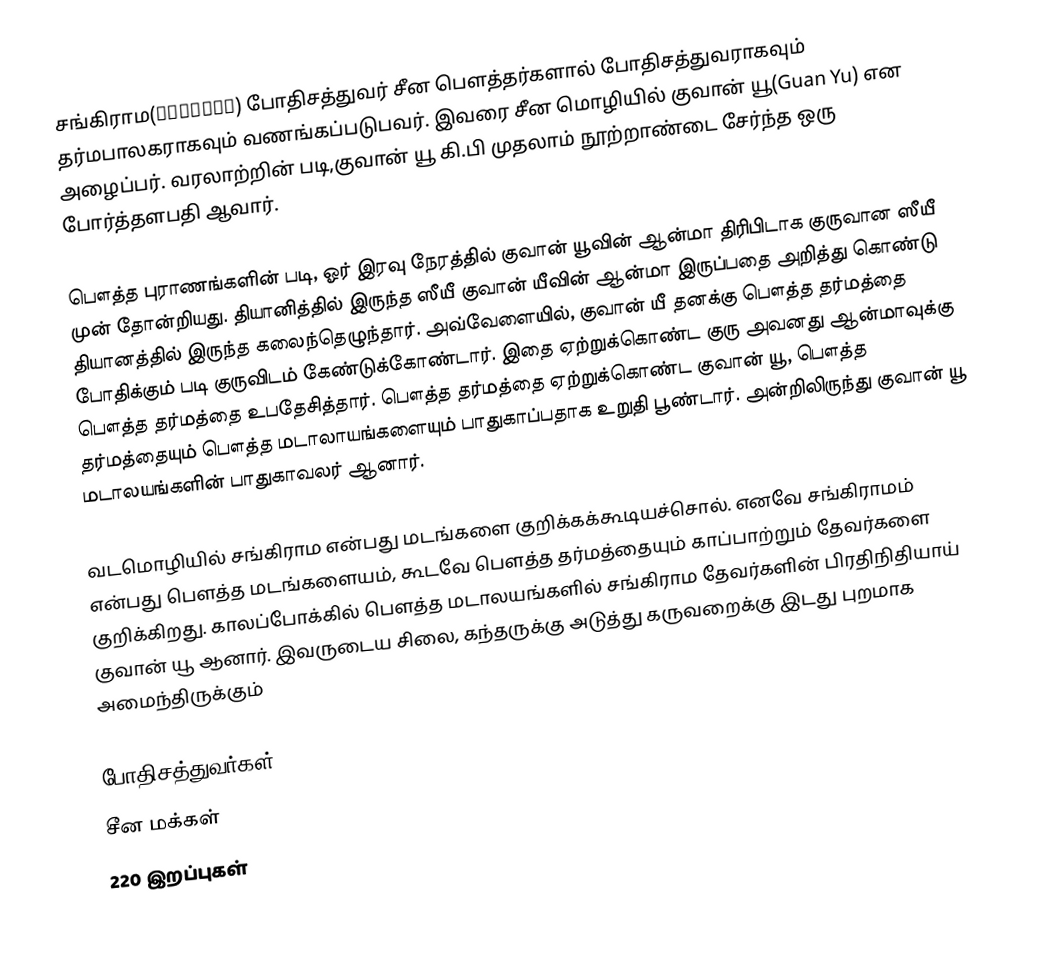
சங்கிராம(संघ्राम) போதிசத்துவர் சீன பௌத்தர்களால் போதிசத்துவராகவும் தர்மபாலகராகவும் வணங்கப்படுபவர். இவரை சீன மொழியில் குவான் யூ(Guan Yu) என அழைப்பர். வரலாற்றின் படி,குவான் யூ கி.பி முதலாம் நூற்றாண்டை சேர்ந்த ஒரு போர்த்தளபதி ஆவார்.

பௌத்த புராணங்களின் படி, ஓர் இரவு நேரத்தில் குவான் யூவின் ஆன்மா திரிபிடாக குருவான ஸீயீ முன் தோன்றியது. தியானித்தில் இருந்த ஸீயீ குவான் யீவின் ஆன்மா இருப்பதை அறித்து கொண்டு தியானத்தில் இருந்த கலைந்தெழுந்தார். அவ்வேளையில், குவான் யீ தனக்கு பௌத்த தர்மத்தை போதிக்கும் படி குருவிடம் கேண்டுக்கோண்டார். இதை ஏற்றுக்கொண்ட குரு அவனது ஆன்மாவுக்கு பௌத்த தர்மத்தை உபதேசித்தார். பௌத்த தர்மத்தை ஏற்றுக்கொண்ட குவான் யூ, பௌத்த தர்மத்தையும் பௌத்த மடாலாயங்களையும் பாதுகாப்பதாக உறுதி பூண்டார். அன்றிலிருந்து குவான் யூ மடாலயங்களின் பாதுகாவலர் ஆனார்.

வடமொழியில் சங்கிராம என்பது மடங்களை குறிக்கக்கூடியச்சொல். எனவே சங்கிராமம் என்பது பௌத்த மடங்களையம், கூடவே பௌத்த தர்மத்தையும் காப்பாற்றும் தேவர்களை குறிக்கிறது. காலப்போக்கில் பௌத்த மடாலயங்களில் சங்கிராம தேவர்களின் பிரதிநிதியாய் குவான் யூ ஆனார். இவருடைய சிலை, கந்தருக்கு அடுத்து கருவறைக்கு இடது புறமாக அமைந்திருக்கும்

போதிசத்துவர்கள்
சீன மக்கள்
220 இறப்புகள்